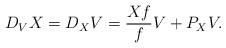
LaTeX: \begin{align*} D_VX = D_XV =\frac{Xf}{f}V + P_XV.\end{align*}